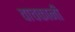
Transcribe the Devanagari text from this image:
वाचकानी